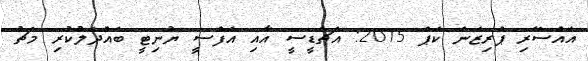
އައްސޭރި ޕްރިޒަން ކަޕް 2015: އެޗްޑީސީ އާއި އެފްސީ ޔުނިޓީ ބައްދަލުކުރި މެޗު